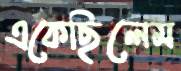
একেছিলেম